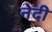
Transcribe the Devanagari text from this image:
नेदी